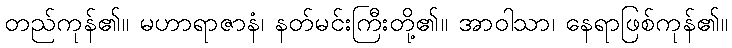
တည်ကုန်၏။ မဟာရာဇာနံ၊ နတ်မင်းကြီးတို့၏။ အာဝါသာ၊ နေရာဖြစ်ကုန်၏။